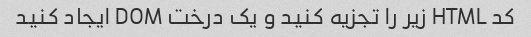
کد HTML زیر را تجزیه کنید و یک درخت DOM ایجاد کنید